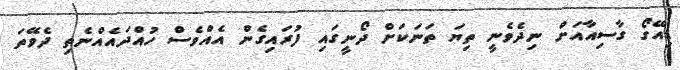
ޑިއޭގޯ ގާސިއާއަށް ނިދެވެނީ ތިޔަ ތަނަކަށް ދޯނީގައި ފުރައިގެން އެއްވެސް ހުއްދައެއްނެތި ދެވޭތަ